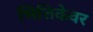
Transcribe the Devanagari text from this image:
भित्तिकेवर